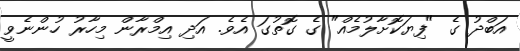
އަބްދު ގެ "ފިޔަކޮށާލުމެއް" ގެ ގޮތުގަ އެެވެ. އަދި އިމްރާން މިހާރު ހުންނެވީ